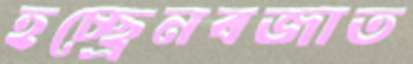
হচ্ছ্রেনবজাত